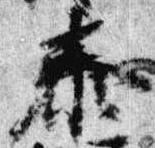
泰